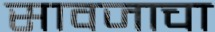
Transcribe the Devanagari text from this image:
सावजाचा